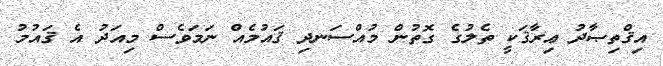
އިޤްތިޞާދު ޢިރާޤަކީ ތެލުގެ ގޮތުން މުއްސަނދި ޤައުމެއް ނަމަވެސް މިއަދު އެ ޤައުމު